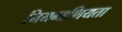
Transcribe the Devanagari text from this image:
नियन्त्रणियता